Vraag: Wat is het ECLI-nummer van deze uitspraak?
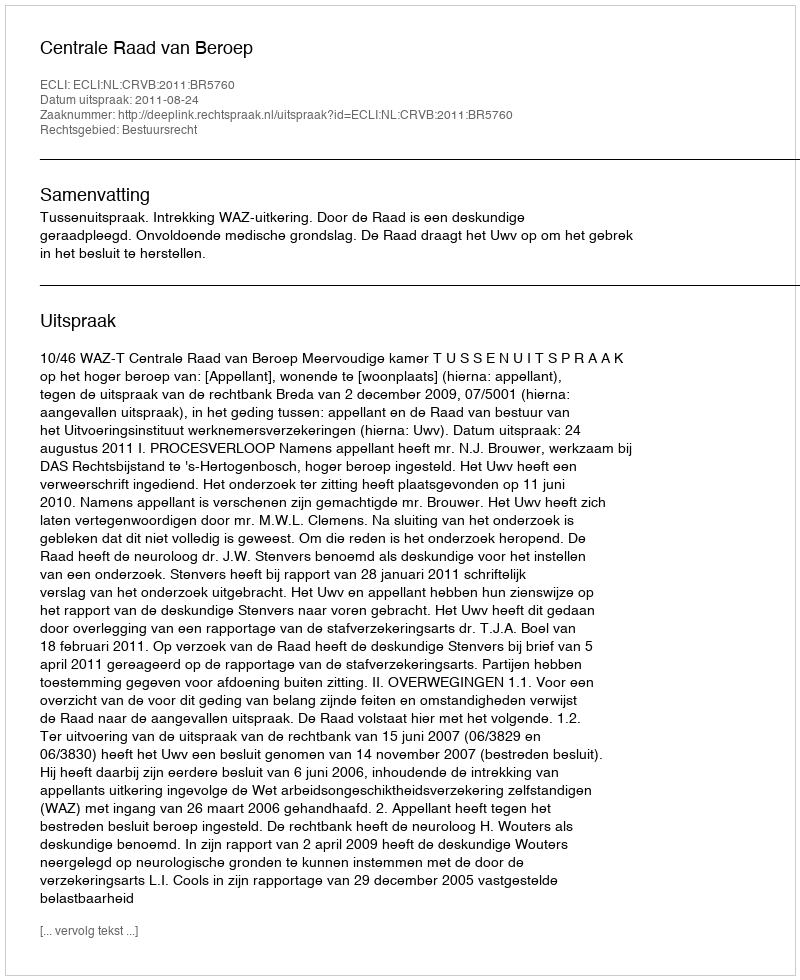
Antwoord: ECLI:NL:CRVB:2011:BR5760